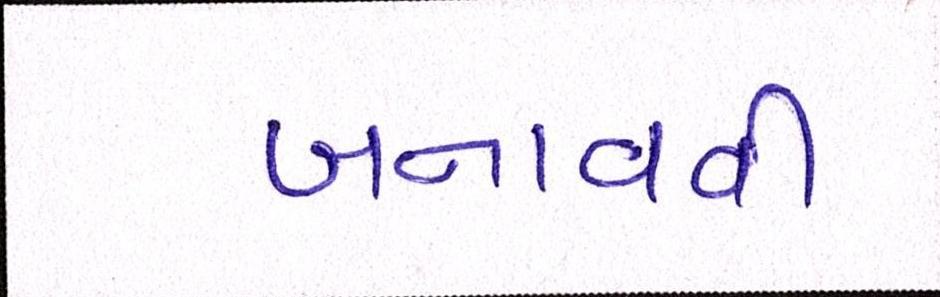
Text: બનાવવી